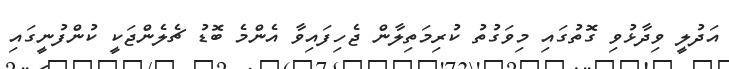
އަދުލީ ވިދާޅުވި ގޮތުގައި މިވަގުތު ކުރިމަތިލާން ޖެހިފައިވާ އެންމެ ބޮޑު ޗެލެންޖަކީ ކުންފުނީގައި